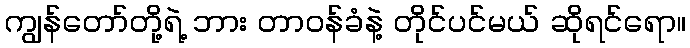
ကျွန်တော်တို့ရဲ့ ဘား တာဝန်ခံနဲ့ တိုင်ပင်မယ် ဆိုရင်ရော။